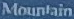
Mountain